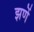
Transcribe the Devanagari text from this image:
झणें